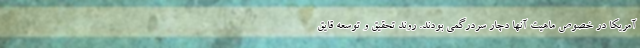
آمریکا در خصوص ماهیت آنها دچار سردرگمی بودند. روند تحقیق و توسعه قایق